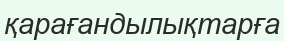
қарағандылықтарға